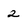
Character: 2